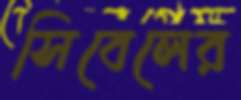
সিবেলের